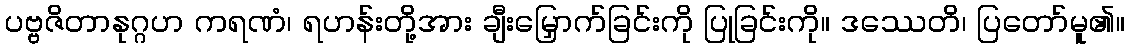
ပဗ္ဗဇိတာနုဂ္ဂဟ ကရဏံ၊ ရဟန်းတို့အား ချီးမြှောက်ခြင်းကို ပြုခြင်းကို။ ဒဿေတိ၊ ပြတော်မူ၏။